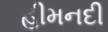
હીમનદી